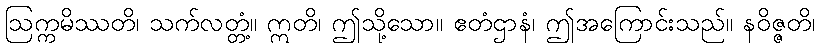
ဩက္ကမိဿတိ၊ သက်လတ္တံ့။ ဣတိ၊ ဤသို့သော။ ဧတံဌာနံ၊ ဤအကြောင်းသည်။ နဝိဇ္ဇတိ၊